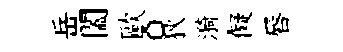
岳闔歐。狄漪儗唇